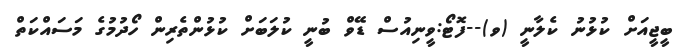
ބީޖީއަށް ކުޅުނު ކެލާނީ (ވ)--ފޮޓޯ:ވީނިއުސް ޑޭވް ބުނީ ކުލަބަށް ކުޅުންތެރިން ހޯދުމުގެ މަސައްކަތް